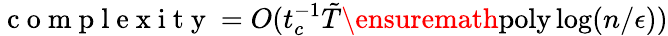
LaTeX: \mathrm{~c~o~m~p~l~e~x~i~t~y~}=O(t_{c}^{-1}\tilde{T}\ensuremath{\operatorname{poly}}\log(n/\epsilon))